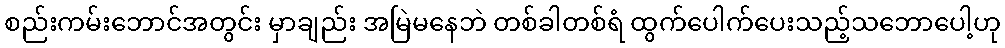
စည်းကမ်းဘောင်အတွင်း မှာချည်း အမြဲမနေဘဲ တစ်ခါတစ်ရံ ထွက်ပေါက်ပေးသည့်သဘောပေါ့ဟု